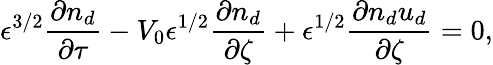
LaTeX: \epsilon^{3/2}\frac{\partial n_{d}}{\partial\tau}-V_{0}\epsilon^{1/2}\frac{\partial n_{d}}{\partial\zeta}+\epsilon^{1/2}\frac{\partial n_{d}u_{d}}{\partial\zeta}=0,